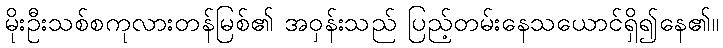
မိုးဦးသစ်စကုလားတန်မြစ်၏ အဝှန်းသည် ပြည့်တမ်းနေသယောင်ရှိ၍နေ၏။